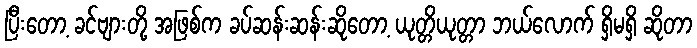
ပြီးတော့ ခင်ဗျားတို့ အဖြစ်က ခပ်ဆန်းဆန်းဆိုတော့ ယုတ္တိယုတ္တာ ဘယ်လောက် ရှိမရှိ ဆိုတာ